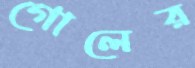
গোলের